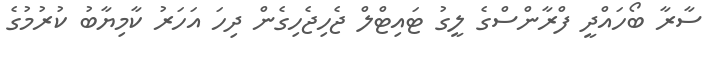
ސާރާ ބޯހައްދީ ފްރާންސްގެ ލީގު ޓައިޓްލް ޖެހިޖެހިގެން ދިހަ އަހަރު ކާމިޔާބު ކުރުމުގެ